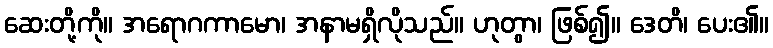
ဆေးတို့ကို။ အရောဂကာမော၊ အနာမရှိလိုသည်။ ဟုတွာ၊ ဖြစ်၍။ ဒေတိ၊ ပေး၏။